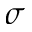
\sigma